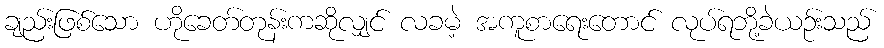
ချည်းဖြစ်သော ဟိုခေတ်တုန်းကဆိုလျှင် လခမဲ့ အကူစာရေးတောင် လုပ်ရဘို့ခဲယဉ်းသည်